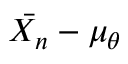
{ \bar { X _ { n } } } - \mu _ { \theta }